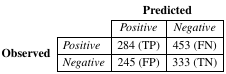
<table><thead><tr><td rowspan="2" colspan="2"></td><td colspan="2"><b>Predicted</b></td></tr><tr><td><b><i>Positive</i></b></td><td><b><i>Negative</i></b></td></tr></thead><tbody><tr><td rowspan="2"><b>Observed</b></td><td><i>Positive</i></td><td>284 (TP)</td><td>453 (FN)</td></tr><tr><td><i>Negative</i></td><td>245 (FP)</td><td>333 (TN)</td></tr></tbody></table>